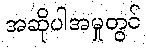
အဆိုပါအမှုတွင်